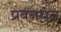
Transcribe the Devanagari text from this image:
प्रबनधन